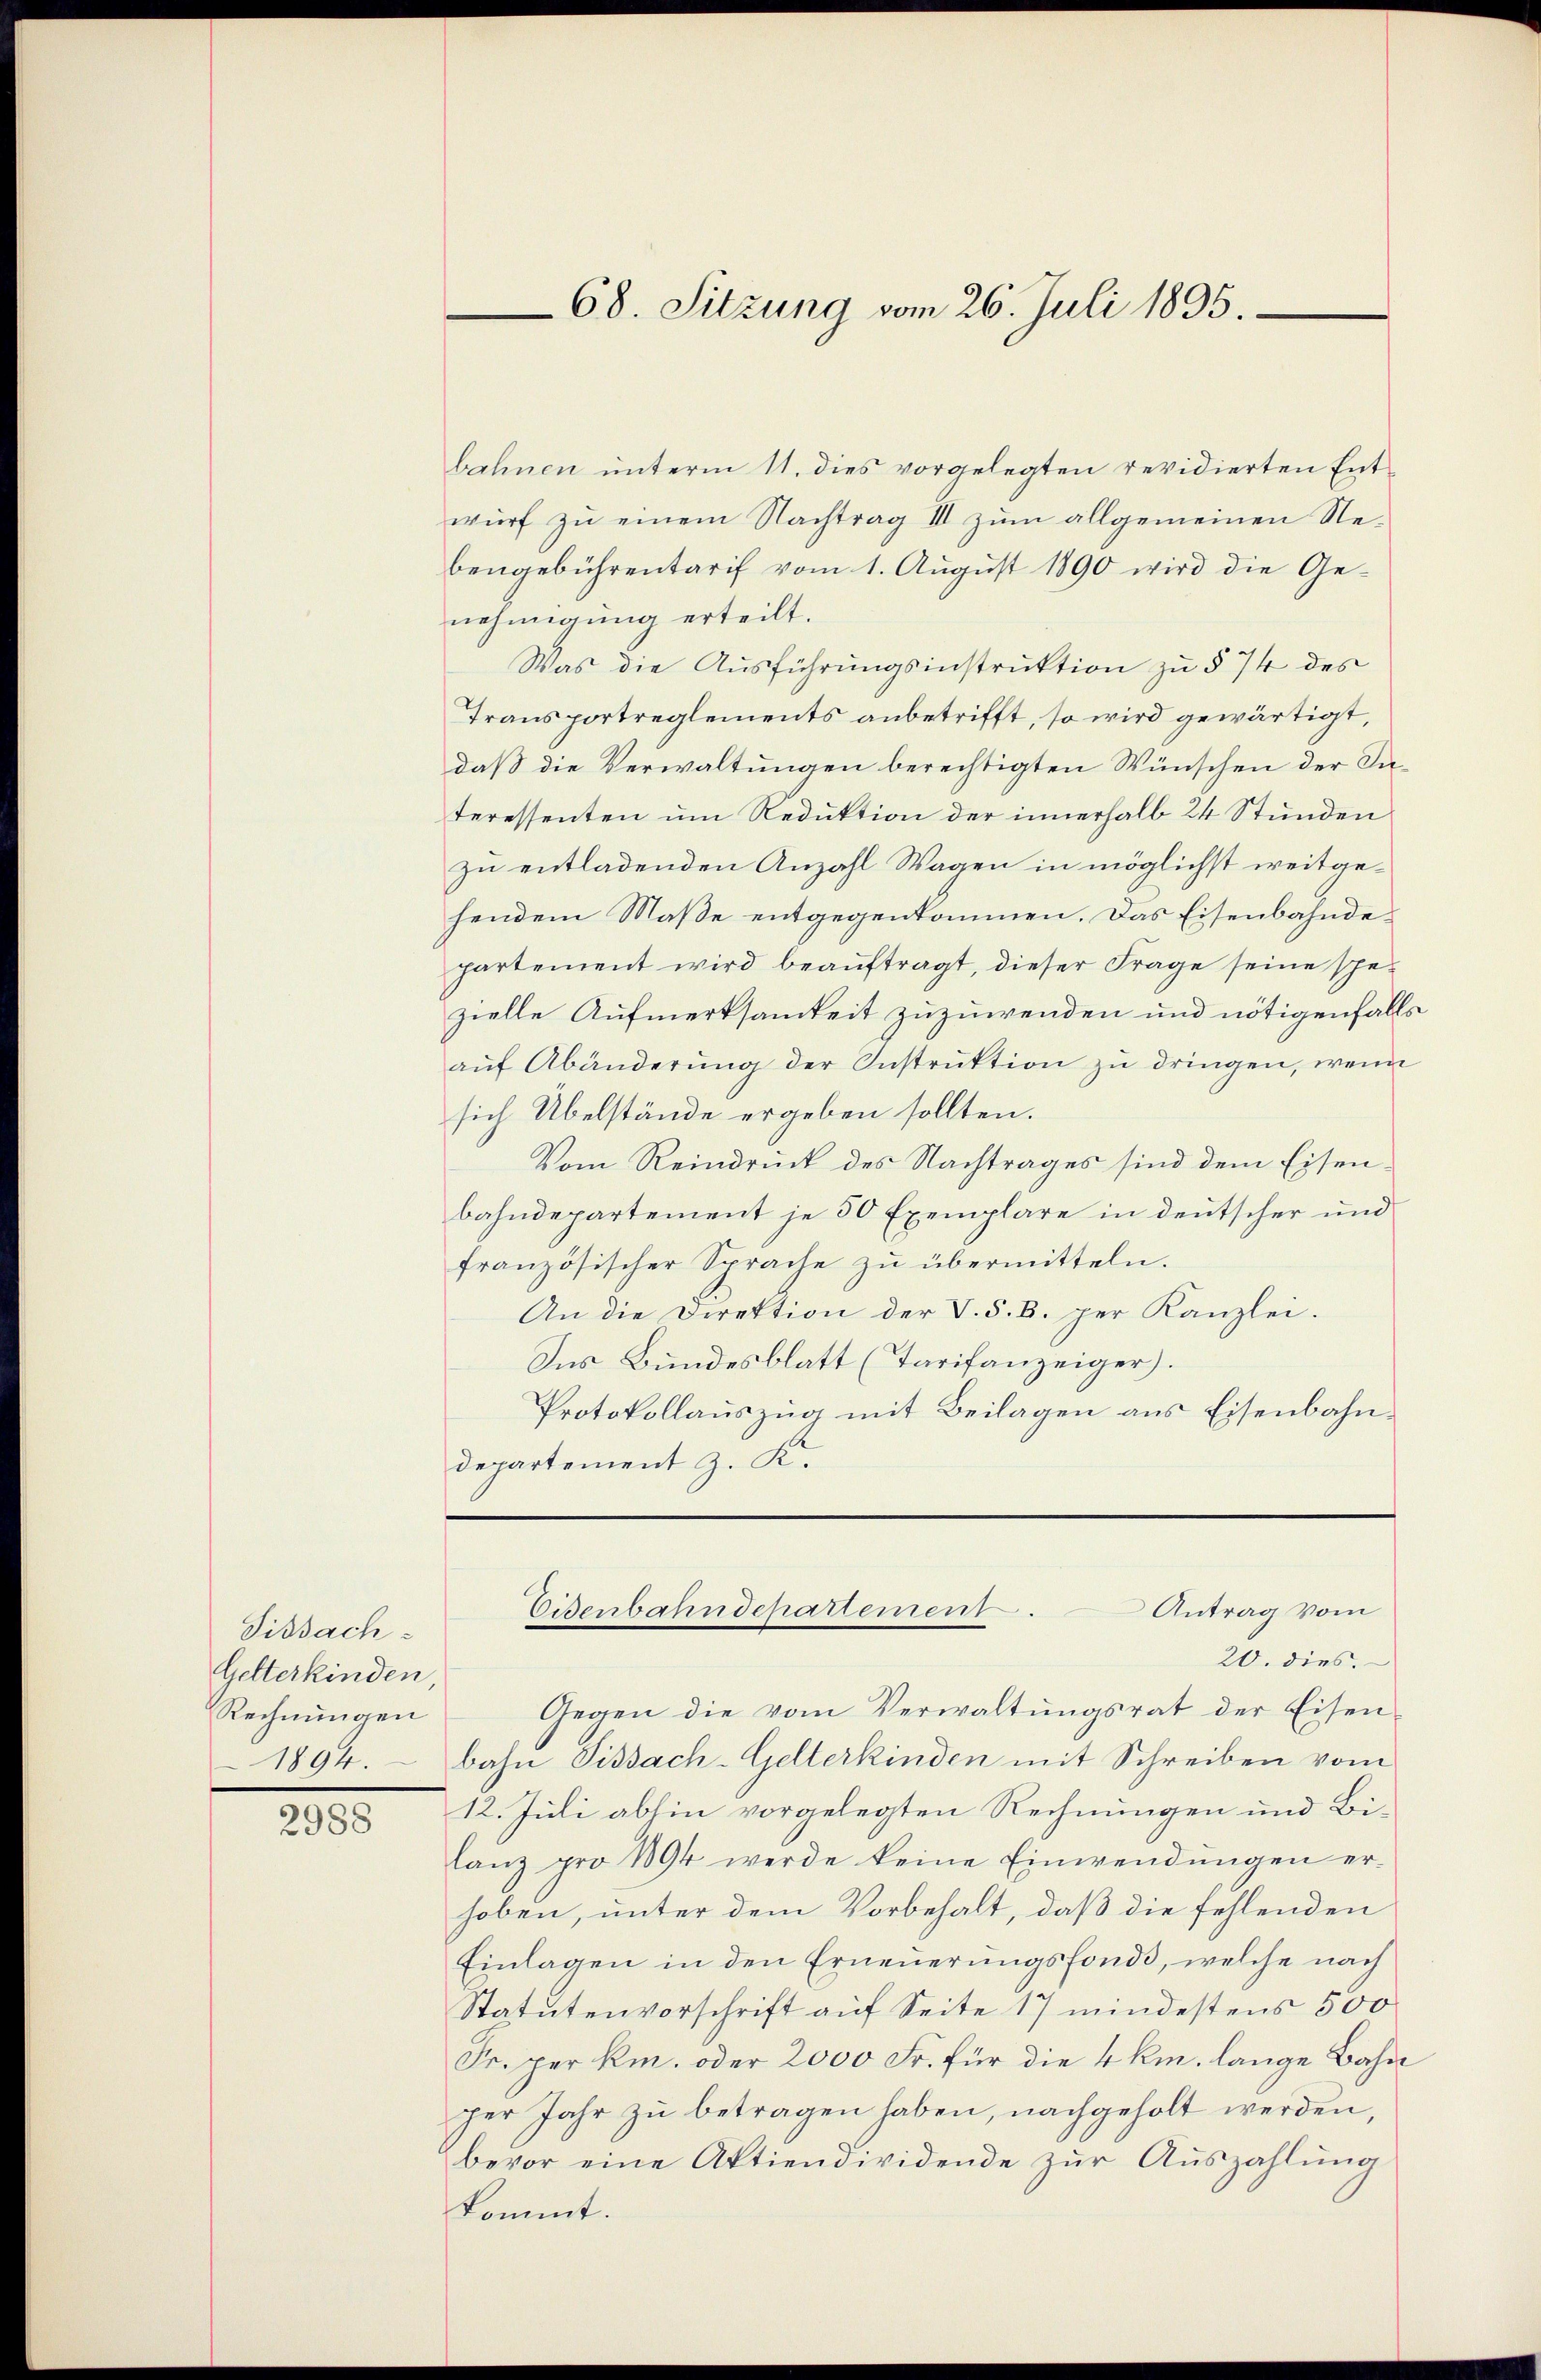
Sitsach
Gelterkinden,
Rechnungen
1894.

2988

68. Sitzung vom 26. Juli 1895.

bahnen unterm 11. dies vorgelegten revidierten Ent-
wurf zu einem Nachtrag III zum allgemeinen Nebengebührentarif vom 1. Aŭgŭst 1890 wird die Ge-
nehmigung erteilt.
Was die Ausführungsinstruktion zu § 74 des
Transportreglements anbetrifft, so wird gewärtigt,
daß die Verwaltungen berechtigten Wünschen der Sateressenten um Reduktion der innerhalb 24 Stunden
zu entladenden Anzahl Wagen in möglichst weitgehendem Maße entgegenkommen. Das Eisenbahndepartement wird beauftragt, dieser Frage seine spezielle Aufmerksamkeit zuzuwenden und nötigenfalls
aŭf Abänderŭng der Instrŭktion zu dringen, wenn
sich Übelstände ergeben sollten.
Vom Reindruck des Nachtrages sind dem Eisenbahndepartement je 50 Exemplare in deutscher und
französischer Sprache zu übermitteln.
An die Direktion der V. S. B. per Kanzlei.
Ins Bundesblatt (Tarifanzeiger).
Protokollauszug mit Beilagen aus Eisenbahndepartement z. K.

Gegen die vom Verwaltŭngsrat der Eisen-
bahn Sissach-Gelterkinden mit Schreiben vom
12. Juli abhin vorgelegten Rechnungen und Bilanz pro 1894 werde keine Einwendungen erhoben, unter dem Vorbehalt, daß die fehlenden
Einlagen in den Erneuerungsfonds, welche nach
Statutenvorschrift auf Seite 17 mindestens 500
Fr. per k. oder 2000 Fr. für die 4 km. lange Bahn
per Jahr zu betragen haben, nachgeholt werden,
bevor eine Aktiendividende zŭr Aŭszahlŭng
kommt.

Antrag vom
Eisenbahndepartement.
20. dies.